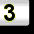
Digit: 3